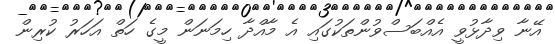
އޭނާ ވިދާޅުވީ އެއްބަސްވުންތަކުގައި އެ މާއްދާ ހިމަނަން މީގެ ހަތް އަހަރު ކުރިން